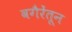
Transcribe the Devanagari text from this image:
वगैरेंतून